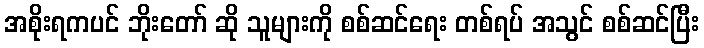
အစိုးရကပင် ဘိုးတော် ဆို သူများကို စစ်ဆင်ရေး တစ်ရပ် အသွင် စစ်ဆင်ပြီး